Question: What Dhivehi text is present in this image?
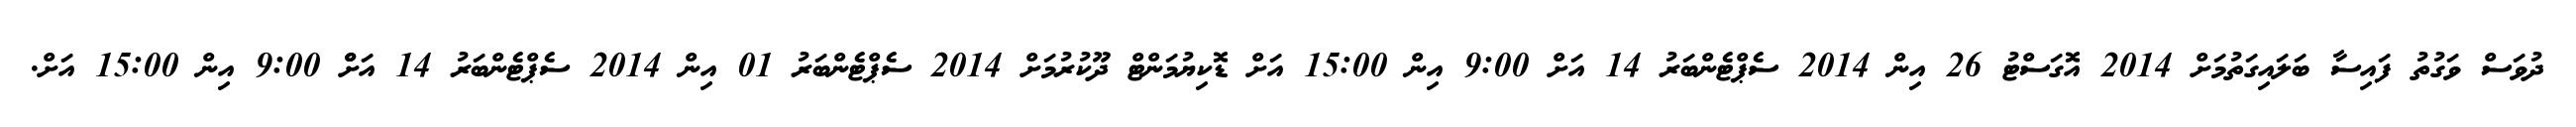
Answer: ދުވަސް ވަގުތު ފައިސާ ބަލައިގަތުމަށް 2014 އޮގަސްޓު 26 އިން 2014 ސެޕްޓެންބަރު 14 އަށް 9:00 އިން 15:00 އަށް ޑޮކިޔުމަންޓް ދޫކުރުމަށް 2014 ސެޕްޓެންބަރު 01 އިން 2014 ސެޕްޓެންބަރު 14 އަށްް 9:00 އިން 15:00 އަށް.